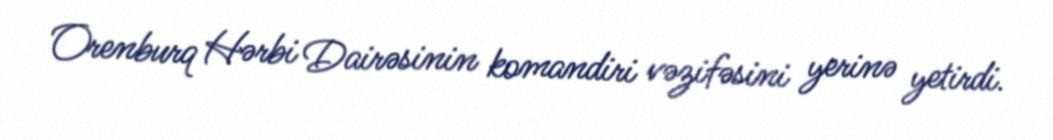
Orenburq Hərbi Dairəsinin komandiri vəzifəsini yerinə yetirdi.